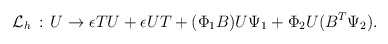
\begin{align*}{\cal L}_h\, : \, U \to \epsilon TU+\epsilon UT + (\Phi_1B)U\Psi_1+\Phi_2U(B^T\Psi_2) . \end{align*}